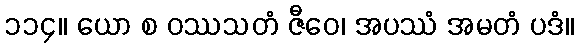
၁၁၄။ ယော စ ဝဿသတံ ဇီဝေ၊ အပဿံ အမတံ ပဒံ။